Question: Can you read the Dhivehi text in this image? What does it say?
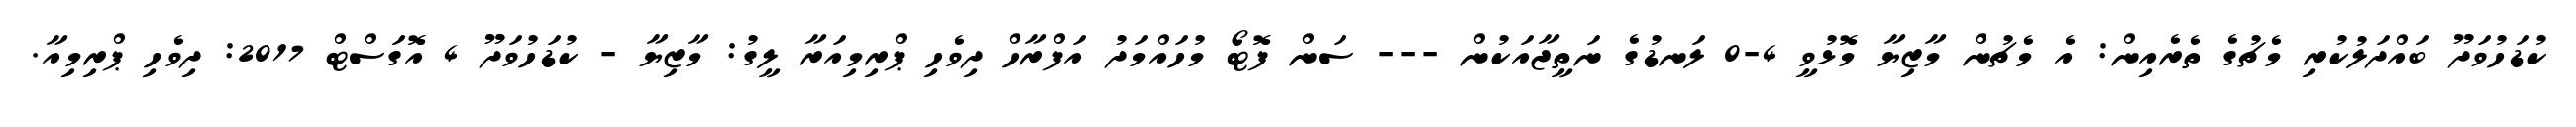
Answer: ކުޑަހުވަދޫ ބައްދަލުކުރި މެޗުގެ ތެރެއިން: އެ މެޗުން މާޒިޔާ މޮޅުވީ 4-0 ލަނޑުގެ ނަތީޖާއަކުން --- ސަން ފޮޓޯ މުހައްމަދު އަފްރާހް ދިވެހި ޕްރިމިއަރާ ލީގު: މާޒިޔާ - ކުޑަހުވަދޫ 4 އޮގަސްޓް 2017: ދިވެހި ޕްރިމިއާ.